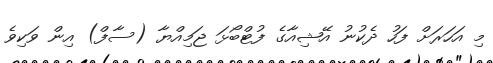
މި އަހަރަށް ފަހު ދެކުނު އޭޝިއާގެ ފުޓްބޯޅަ ޖަމިއްޔާ (ސާފް) އިން ވަކިވެ